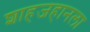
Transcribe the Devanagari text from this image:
शाहजहानला